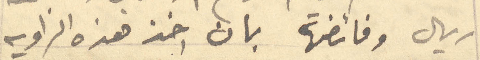
ريال وفائضها بان اخذ هذه الزاوية